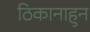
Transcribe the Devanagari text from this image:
ठिकानाहुन